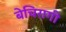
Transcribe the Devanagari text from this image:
बेचिरागी